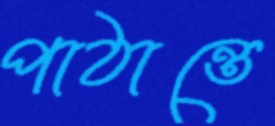
পাঠান্তে